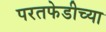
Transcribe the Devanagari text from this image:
परतफेडीच्या